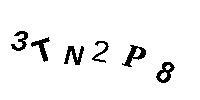
3TN2P8